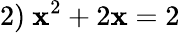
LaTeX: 2)\ \mathbf{x}^{2}+2\mathbf{x}=2